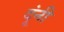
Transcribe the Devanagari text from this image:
दूंनी